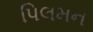
પિલમન